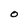
Character: O